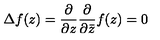
\Delta f ( z ) = \frac { \partial } { \partial z } \frac { \partial } { \partial \bar { z } } f ( z ) = 0